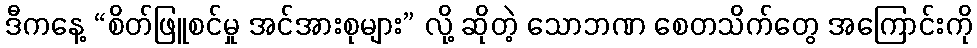
ဒီကနေ့ “စိတ်ဖြူစင်မှု အင်အားစုများ” လို့ ဆိုတဲ့ သောဘဏ စေတသိက်တွေ အကြောင်းကို